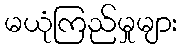
မယုံကြည်မှုများ